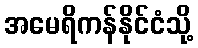
အမေရိကန်နိုင်ငံသို့